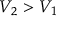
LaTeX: V _ { 2 } > V _ { 1 }